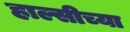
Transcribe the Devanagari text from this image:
हाल्सीच्या